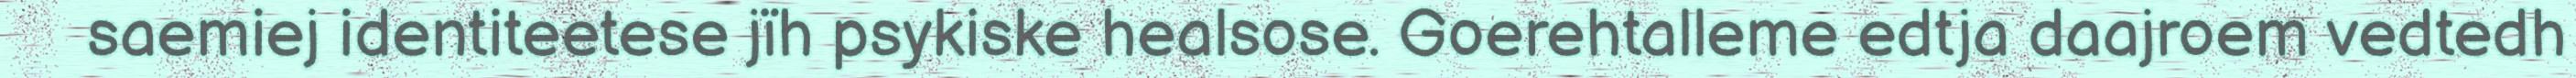
saemiej identiteetese jïh psykiske healsose. Goerehtalleme edtja daajroem vedtedh